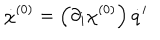
{ \dot { \chi } } ^ { ( 0 ) } = \left( \partial _ { i } \chi ^ { ( 0 ) } \right) { \dot { q } } ^ { i }